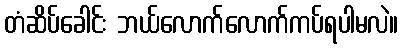
တံဆိပ်ခေါင်း ဘယ်လောက်လောက်ကပ်ရပါမလဲ။